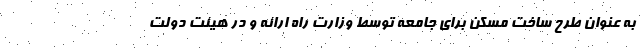
به عنوان طرح ساخت مسکن برای جامعه توسط وزارت راه ارائه و در هیئت دولت